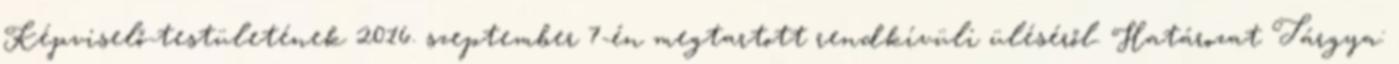
Képviselő-testületének 2016. szeptember 7-én megtartott rendkívüli üléséről. Határozat Tárgya: